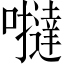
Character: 𡃿